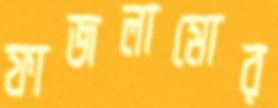
ফাজলামোর